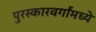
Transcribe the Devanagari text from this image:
पुरस्कारवर्गांमध्ये